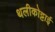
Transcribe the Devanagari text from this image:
थलीकोट्टाई